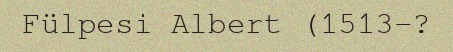
Fülpesi Albert (1513–?